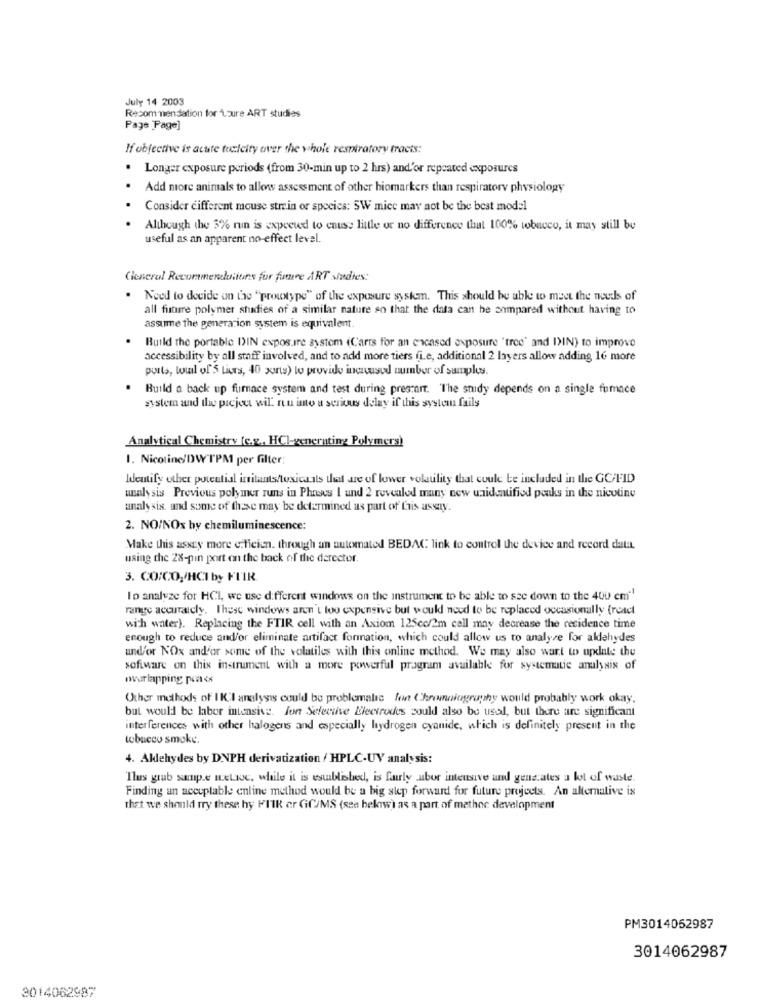
July 14 2003
Recommendation for Loure ART studies
Page Page]
If objective is acute toxicity over the whole respiratory tracts:
. Longer exposure periods (from 30-min up to 2 hrs) and'or repeated exposures
. Add more animals to allow assessment of other biomarkers than respiratory physiology
Consider different mouse strein or species: 5W mice may not be the best model
Although the 3% run is expected to cause little or no difference that 100% tobacco, it may still be
useful as an apparent no-effect level.
General Recommenduituns fur fumure ART studies:
. Need to decide on the "prouxtype" of the exposure system. This should be able to meet the needs of
all future polymer studies of a similar nature so that the data can be compared without having to
assume the generation system is equivalent
Build the portable DIN expos ire system (Carrs for an encased exposure "tree" and I>IN) to improve
accessibility by all staff involved, and to add more tiers fi.e, additional 2 layers allow adding 16 more
ports, toul of'S tiers, 40 ports) to provide incaused number of samples.
Build a back up furnace system and test during presmart. The study depends on a single fumace
system and the pacjent wil rou into a serious delay if this system fails
Analytical Chemistry (c.g ., HCI-generating Polymers)
1. Nicotine/DWTPM per filter:
Identify other potential irritants/toxicants that are of lower volatility that could be included in the GC/FID
analysis Previous polymer runs in Phases I und 2 revealed many new unidentified peaks in the nicotine
analysis. and some of these may be determined as part of this assay.
2. NO/NOx by chemiluminescence:
Make this assey more e:ficien. through an automated BEDAC link to control the device and record data.
using the 28-pin port on the back of the derector.
3. CO/CO,/HCI by FTIR
Io analyze for HCI, we use different windows on the instrument to be able to see down to the 400 cm""
range accurately. These windows aren't too expensive but would need to be replaced occasionally (react
with water). Replacing the FTIR cell with an Axiom 125cc/2m cell may decrease the recidence time
enough to reduce and/or eliminate artifact formation, which could allow us to analyse for aldehydes
undfor NOx and'or some of the volatiles with this online method. We may also wart to update the
software on this instrument with a more powerful program available for systematic analysis of
overlapping pc<
Other methods of IKU'I analysis could be problematic fen (Chroniography would probably work okay.
but would be labor intensive. Ion Selective Electrodes could also be used, but there are significant
interferences with other halogens and especially hydrogen cyanide, which is definitely present in the
tobacco smoke.
4. Allehydes by DNPH derivatization / HPLC-UV analysis:
Thurs grub sump.e metic, while it is established, is fairly Labor intensive and genzates a lot of waste.
Finding an acceptable online method would be a big step forward for future projects. An alternative is
that we should try these hy FUIK er GC/MS (see below) as a part of mathec development
PM3014052987
3014062987
3014062987